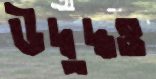
উদ্বুদ্ধও